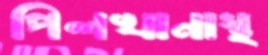
পিলখানাস্থ